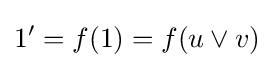
1^{\prime }=f(1)=f(u\vee v)